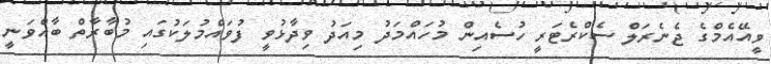
ވީއޭއެމްގެ ޖެނެރަލް ސެކްރެޓަރީ ހުސެއިން މުހައްމަދު މިއަދު ވިދާޅުވީ ފުވައްމުލަކުގައި މުބާރާތް ބާއްވަނީ